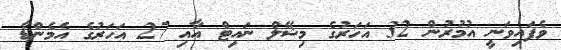
ވެފައިވަނީ އުމުރުން 32 އަހަރުގެ މިޝޭލް ނައިޓް އާއި 27 އަހަރުގެ އެމެންޑާ